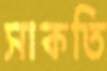
সাকতি